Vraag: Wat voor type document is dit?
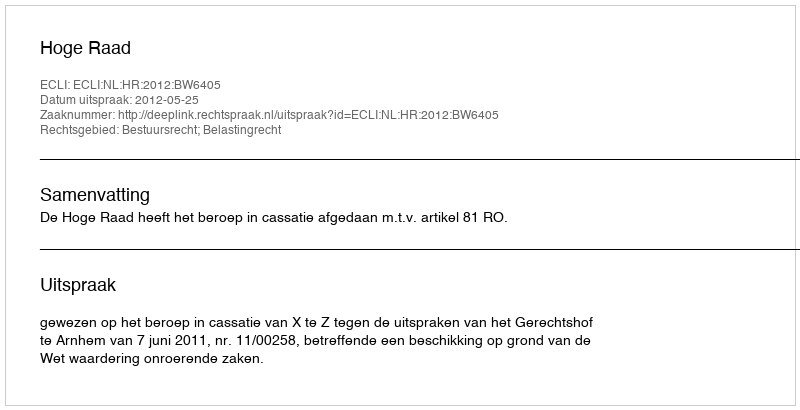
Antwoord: Uitspraak